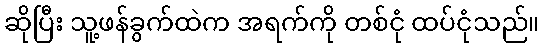
ဆိုပြီး သူ့ဖန်ခွက်ထဲက အရက်ကို တစ်ငုံ ထပ်ငုံသည်။